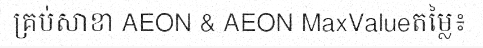
គ្រប់សាខា AEON & AEON MaxValueតម្លៃ៖